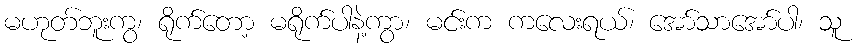
မဟုတ်ဘူးကွ၊ ရိုက်တော့ မရိုက်ပါနဲ့ကွာ၊ မင်းက ကလေးရယ်၊ အော်သာအော်ပါ၊ သူ